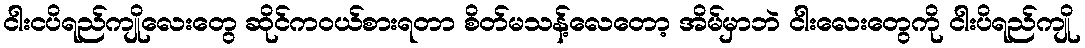
ငါးငပိရည်ကျိုလေးတွေ ဆိုင်ကဝယ်စားရတာ စိတ်မသန့်လေတော့ အိမ်မှာဘဲ ငါးလေးတွေကို ငါးပိရည်ကျို